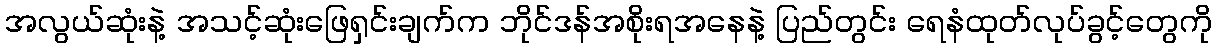
အလွယ်ဆုံးနဲ့ အသင့်ဆုံးဖြေရှင်းချက်က ဘိုင်ဒန်အစိုးရအနေနဲ့ ပြည်တွင်း ရေနံထုတ်လုပ်ခွင့်တွေကို